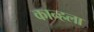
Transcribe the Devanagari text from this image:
कान्हला